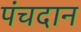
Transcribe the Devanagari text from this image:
पंचदान